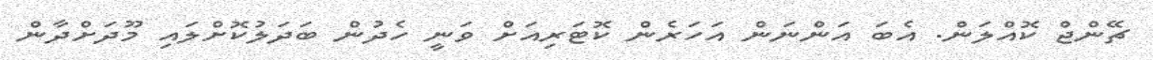
ޗޭންޖް ކޮއްލަން. އެބަ އަންނަން އަހަރެން ކޮޓަރިއަށް ވަނީ ހެދުން ބަދަލުކޮށްލައި މޫދަށްދާން